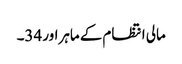
مالی انتظام کے ماہراور 34۔